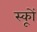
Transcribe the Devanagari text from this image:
स्कूों